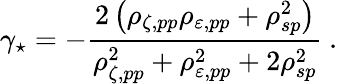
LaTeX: \gamma_{\star}=-\frac{2\left(\rho_{\zeta,pp}\rho_{\varepsilon,pp}+\rho_{sp}^{2}\right)}{\rho_{\zeta,pp}^{2}+\rho_{\varepsilon,pp}^{2}+2\rho_{sp}^{2}}\: .